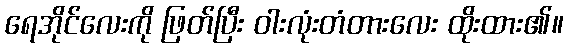
ရေအိုင်လေးကို ဖြတ်ပြီး ဝါးလုံးတံတားလေး ထိုးထား၏။